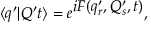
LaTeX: \langle q ^ { \prime } | Q ^ { \prime } t \rangle = e ^ { \textstyle { i F ( q _ { r } ^ { \prime } , Q _ { s } ^ { \prime } , t ) } } ,